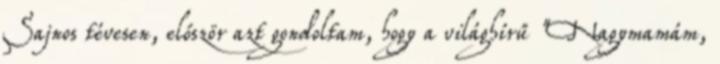
Sajnos tévesen, először azt gondoltam, hogy a világhírű "Nagymamám,